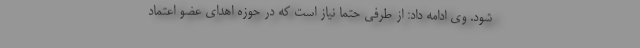
شود. وی ادامه داد: از طرفی حتما نیاز است که در حوزه اهدای عضو اعتماد